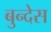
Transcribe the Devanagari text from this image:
बुन्देस